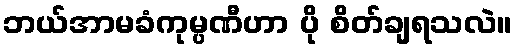
ဘယ်အာမခံကုမ္ပဏီဟာ ပို စိတ်ချရသလဲ။